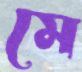
মে